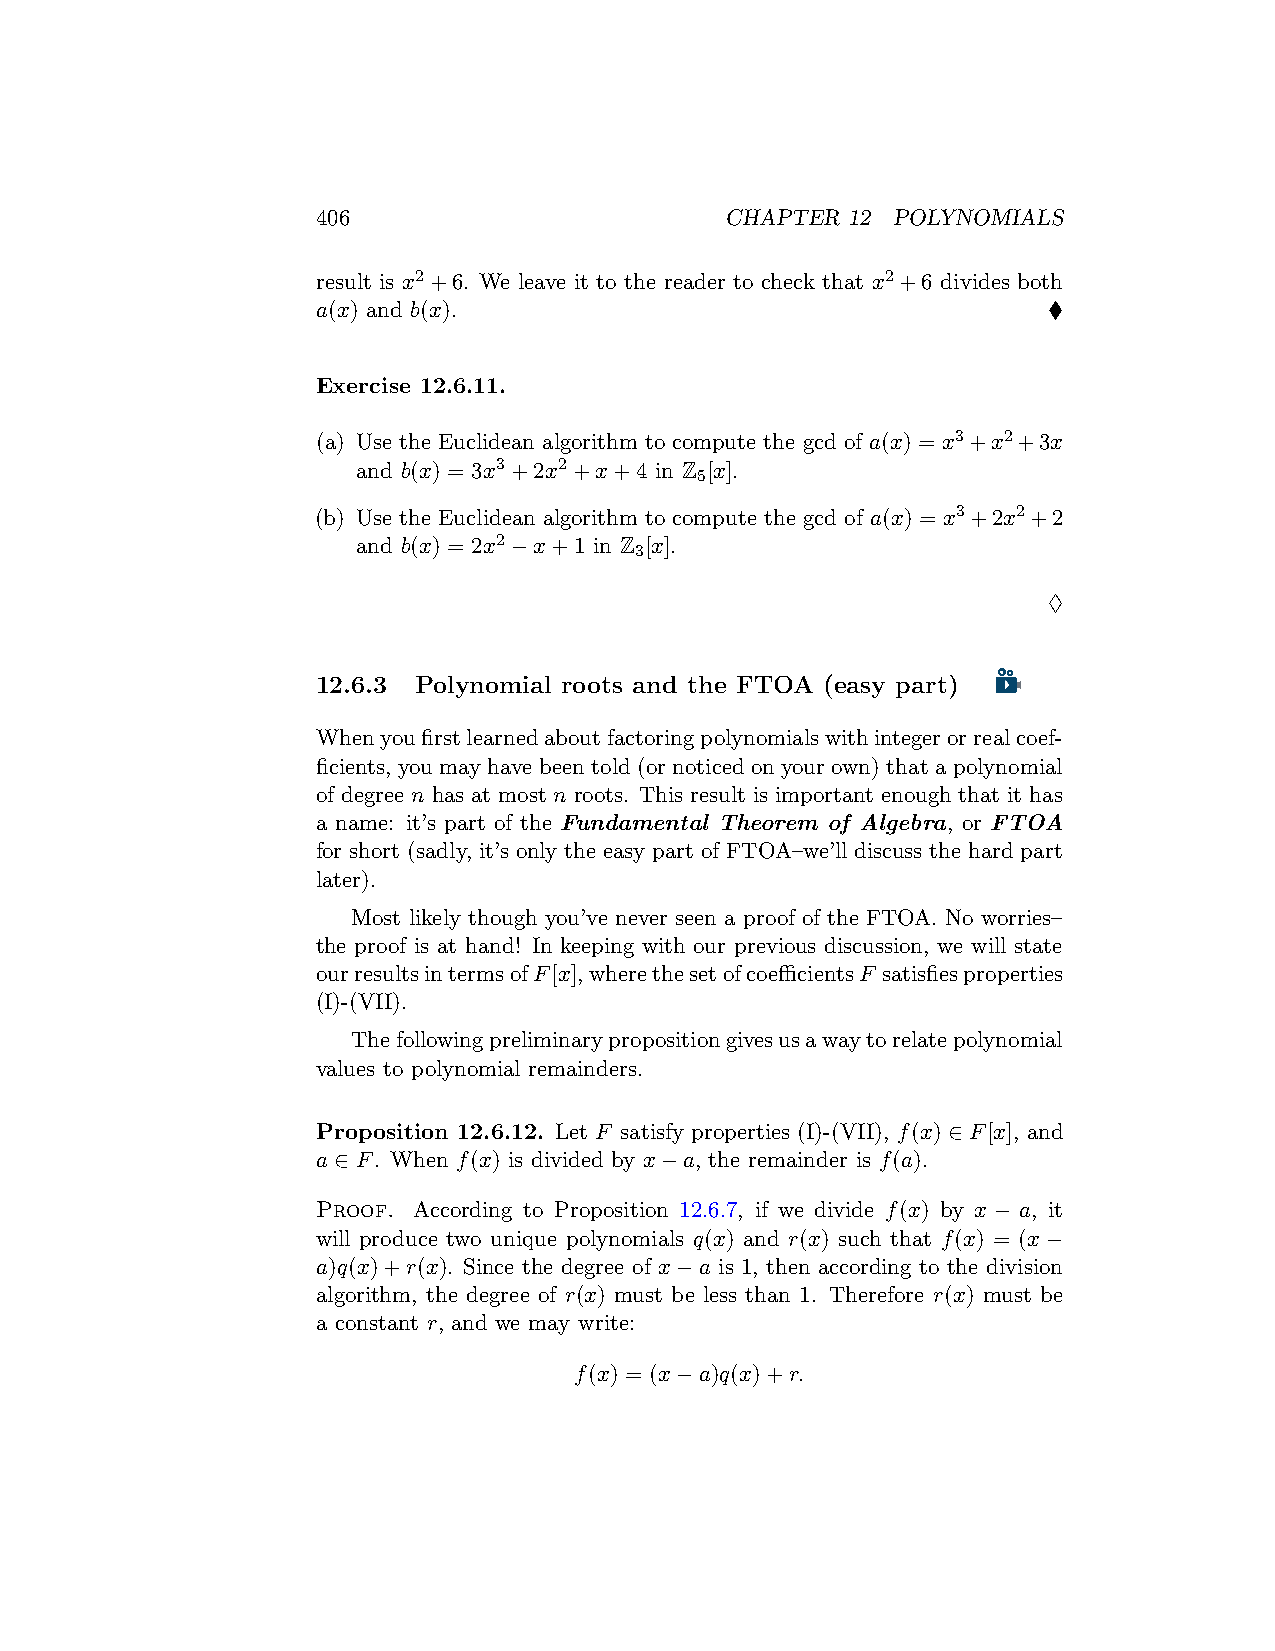
406                        CHAPTER 12 POLYNOMIALS
 result is x2+6. We leave it to the reader to check that x2+6 divides both
 a(x) and b(x).                                  ♦
 Exercise 12.6.11.
 (a) Use the Euclidean algorithm to compute the gcd of a(x) = x3+x2+3x
 and b(x) = 3x3+2x2+x+4 in Z [x].
 5
 (b) Use the Euclidean algorithm to compute the gcd of a(x) = x3+2x2+2
 and b(x) = 2x2−x+1 in Z [x].
 3
 ♢
 12.6.3 Polynomial roots and the FTOA (easy part)
 Whenyoufirstlearnedaboutfactoringpolynomialswithintegerorrealcoef-
 ficients, you may have been told (or noticed on your own) that a polynomial
 of degree n has at most n roots. This result is important enough that it has
 a name: it’s part of the Fundamental Theorem of Algebra, or FTOA
 for short (sadly, it’s only the easy part of FTOA–we’ll discuss the hard part
 later).
 Most likely though you’ve never seen a proof of the FTOA. No worries–
 the proof is at hand! In keeping with our previous discussion, we will state
 ourresultsintermsofF[x],wherethesetofcoefficientsF satisfiesproperties
 (I)-(VII).
 Thefollowingpreliminarypropositiongivesusawaytorelatepolynomial
 values to polynomial remainders.
 Proposition 12.6.12. Let F satisfy properties (I)-(VII), f(x) ∈ F[x], and
 a ∈ F. When f(x) is divided by x−a, the remainder is f(a).
 Proof. According to Proposition 12.6.7, if we divide f(x) by x − a, it
 will produce two unique polynomials q(x) and r(x) such that f(x) = (x−
 a)q(x)+r(x). Since the degree of x−a is 1, then according to the division
 algorithm, the degree of r(x) must be less than 1. Therefore r(x) must be
 a constant r, and we may write:
 f(x) = (x−a)q(x)+r.